Report of an investigation into the causes of malaria in Bombay and the measures necessary for its control
Disease focus: Malaria
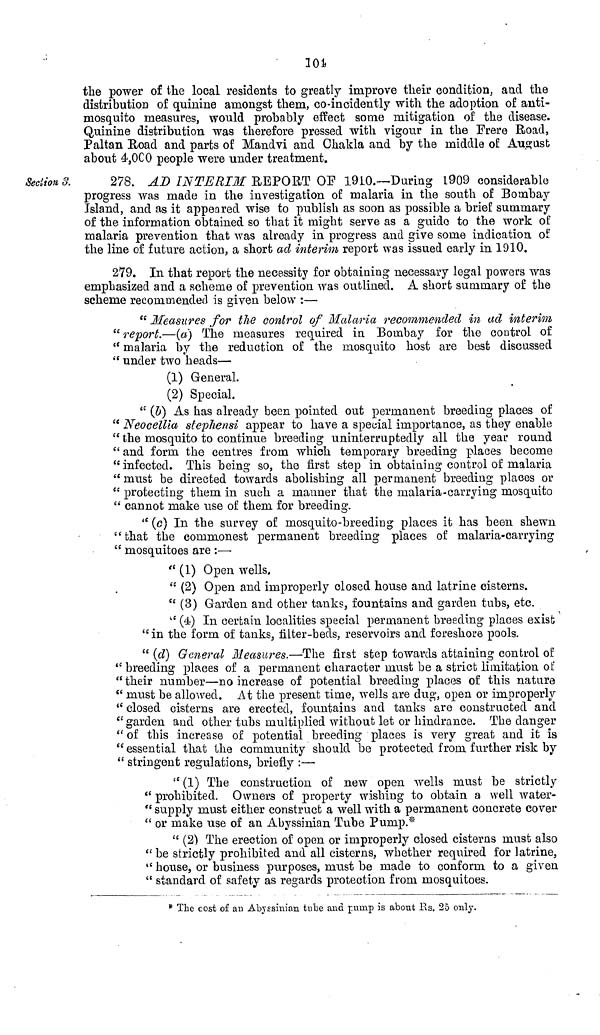
101
the power of the local residents to greatly improve their condition, and the
distribution of quinine amongst them, co-incidently with the adoption of anti-
mosquito measures, would probably effect some mitigation of the disease.
Quinine distribution was therefore pressed with vigour in the Frere Road,
Paltan Road and parts of Mandvi and Chakla and by the middle of August
about 4,000 people were under treatment.
Section S.
278. AD INTERIM REPORT OF 1910.—During 1909 considerable
progress was made in the investigation of malaria in the south of Bombay
Island, and as it appeared wise to publish as soon as possible a brief summary
of the information obtained so that it might serve as a guide to the work of
malaria prevention that was already in progress and give some indication of
the line of future action, a short ad interim report was issued early in 1910.
279. In that report the necessity for obtaining necessary legal powers was
emphasized and a scheme of prevention was outlined. A short summary of the
scheme recommended is given below :—
" Measures for the control of Malaria recommended in ad interim
" report.—(a) The measures required in Bombay for the control of
" malaria by the reduction of the mosquito host are best discussed
" under two heads—
(1) General.
(2) Special.
" (b) As has already been pointed out permanent breeding places of
" Neocellia stephensi appear to have a special importance, as they enable
" the mosquito to continue breeding uninterruptedly all the year round
" and form the centres from which temporary breeding places become
" infected. This being so, the first step in obtaining control of malaria
" must be directed towards abolishing all permanent breeding places or
" protecting them in such a manner that the malaria-carrying mosquito
" cannot make use of them for breeding.
" (c) In the survey of mosquito-breeding places it has been shewn
"that the commonest permanent breeding places of malaria-carrying
" mosquitoes are :—
" (1) Open wells.
" (2) Open and improperly closed house and latrine cisterns.
" (3) Garden and other tanks, fountains and garden tubs, etc.
" (4) In certain localities special permanent breeding places exist
"in the form of tanks, filter-beds, reservoirs and foreshore pools.
" (d) General Measures.—The first step towards attaining control of
" breeding places of a permanent character must be a strict limitation of
" their number—no increase of potential breeding places of this nature
" must be allowed. At the present time, wells are dug, open or improperly
" closed cisterns are erected, fountains and tanks are constructed and
" garden and other tubs multiplied without let or hindrance. The danger
" of this increase of potential breeding places is very great and it is
" essential that the community should be protected from further risk by
" stringent regulations, briefly :—
" (1) The construction of new open wells must be strictly
" prohibited. Owners of property wishing to obtain a well water-
" supply must either construct a well with a permanent concrete cover
" or make use of an Abyssinian Tube Pump.*
" (2) The erection of open or improperly closed cisterns must also
" be strictly prohibited and all cisterns, whether required for latrine,
" house, or business purposes, must be made to conform to a given
" standard of safety as regards protection from mosquitoes.
" The cost of an Abyssinian tube and pump is about Us. 25 only.